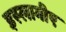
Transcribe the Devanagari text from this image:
इस्लामीए